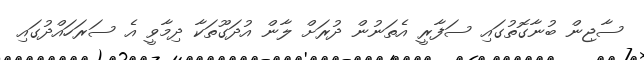
ސާޖިން ބުނާގޮތުގައި ސަފާރީ އެތަނުން ދުރަށް ލާން އުދަގޫތަކާ ދިމާވީ އެ ސަރަހައްދުގައި